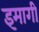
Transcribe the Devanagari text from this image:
इमागी